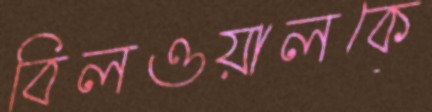
বিলওয়ালকে